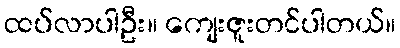
ထပ်လာပါဦး။ ကျေးဇူးတင်ပါတယ်။